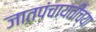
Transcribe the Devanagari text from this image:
जातपंचायतींच्या